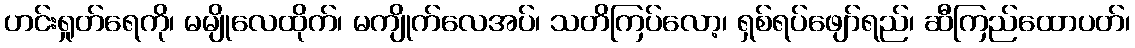
ဟင်းရှုတ်ရေကို၊ မမျိုလေထိုက်၊ မကျိုက်လေအပ်၊ သတိကြပ်လော့၊ ရှစ်ရပ်ဖျော်ရည်၊ ဆီကြည်ထောပတ်၊